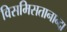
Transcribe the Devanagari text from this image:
विसमिसतानान्दा